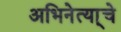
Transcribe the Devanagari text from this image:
अभिनेत्या्चे